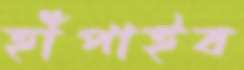
হাঁপাইব